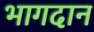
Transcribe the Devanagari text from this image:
भागदान